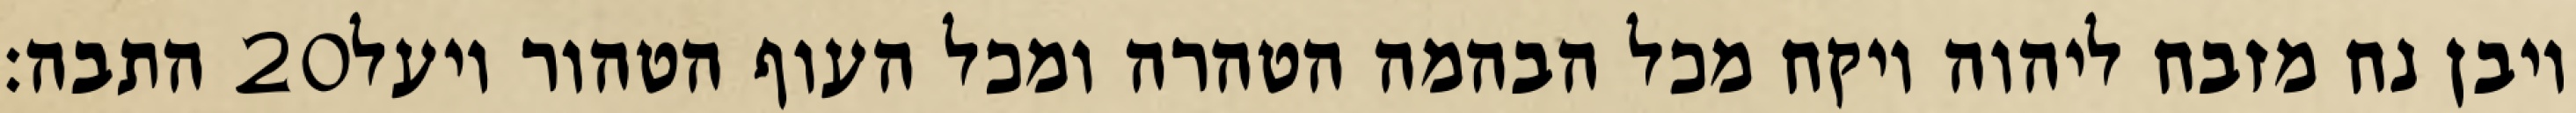
התבה׃ ‎20‏ ויבן נח מזבח ליהוה ויקח מכל הבהמה הטהרה ומכל העוף הטהור ויעל